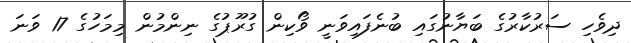
ދިވެހި ސަރުކާރުގެ ބަޔާނުގައި ބުނެފައިވަނީ ވޯކިން ގުރޫޕުގެ ނިންމުން މިމަހުގެ 17 ވަނަ